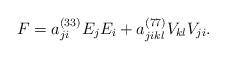
LaTeX: \begin{align*}F=a_{ji}^{(33)}E_{j}E_{i}+a_{jikl}^{(77)}V_{kl}V_{ji}.\end{align*}